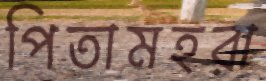
পিতামহরা